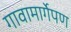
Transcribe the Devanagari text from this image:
गावामार्गेपण